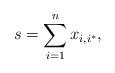
LaTeX: \begin{align*} s=\sum_{i=1}^nx_{i,i^*},\end{align*}